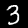
Label: 3